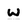
Character: w